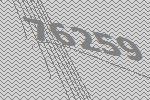
76259